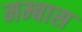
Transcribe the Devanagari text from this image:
मम्बास